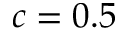
c = 0 . 5